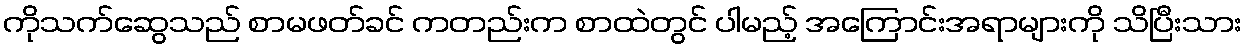
ကိုသက်ဆွေသည် စာမဖတ်ခင် ကတည်းက စာထဲတွင် ပါမည့် အကြောင်းအရာများကို သိပြီးသား